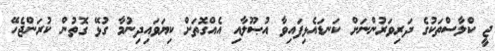
ޖީ ކްލާސްތަކުގެ ދަރިވަރުންނަށް ކަނޑައެޅިފައިވާ އުޞޫލާއި އެއްގޮތަށް ކިޔަވައިދިނުމާ ގުޅޭ ގޮތުން ކުރަންޖެހޭ